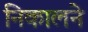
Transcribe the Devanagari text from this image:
निकालने